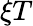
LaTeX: \xi T